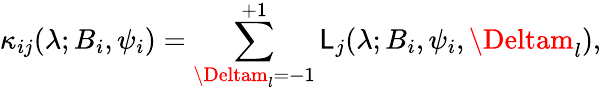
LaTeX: \kappa_{ij}(\lambda;B_{i},\psi_{i})=\sum_{\Deltam_{l}=-1}^{+1}\mathsf{L}_{j}(\lambda;B_{i},\psi_{i},\Deltam_{l}),